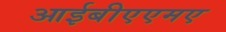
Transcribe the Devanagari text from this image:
आईबीएएमए